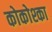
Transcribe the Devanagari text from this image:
कोकोश्का